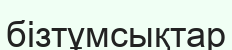
бізтұмсықтар